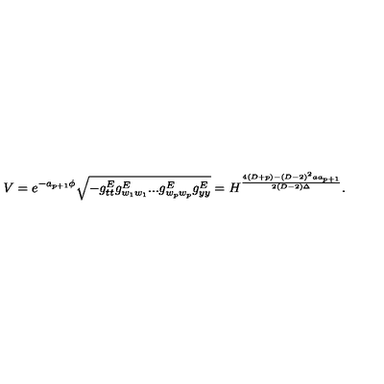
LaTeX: V = e ^ { - a _ { p + 1 } \phi } \sqrt { - g _ { t t } ^ { E } g _ { w _ { 1 } w _ { 1 } } ^ { E } . . . g _ { w _ { p } w _ { p } } ^ { E } g _ { y y } ^ { E } } = H ^ { \frac { 4 ( D + p ) - ( D - 2 ) ^ { 2 } a a _ { p + 1 } } { 2 ( D - 2 ) \Delta } } .